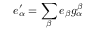
e _ { \alpha } ^ { \prime } = \sum _ { \beta } e _ { \beta } g _ { \alpha } ^ { \beta }